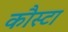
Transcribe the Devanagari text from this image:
कौस्टा